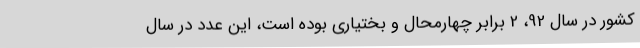
کشور در سال 92، 2 برابر چهارمحال و بختیاری بوده است، این عدد در سال